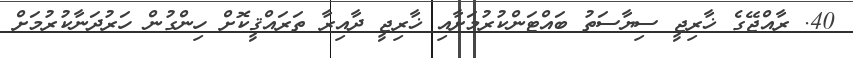
40. ރާއްޖޭގެ ޚާރިޖީ ސިޔާސަތު ބައްޓަންކުރުމަށާއި ޚާރިޖީ ދާއިރާ ތަރައްޤީކޮށް ހިންގުން ހަރުދަނާކުރުމަށް